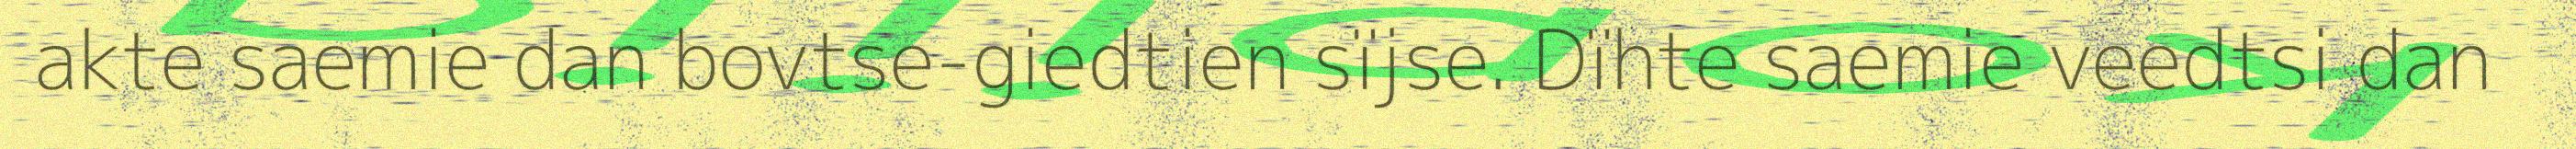
akte saemie dan bovtse-giedtien sïjse. Dïhte saemie veedtsi dan